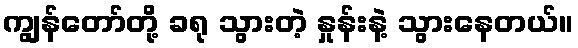
ကျွန်တော်တို့ ခရု သွားတဲ့ နှုန်းနဲ့ သွားနေတယ်။